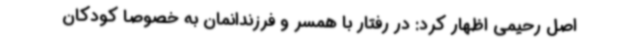
اصل رحیمی اظهار کرد: در رفتار با همسر و فرزندانمان به خصوصا کودکان